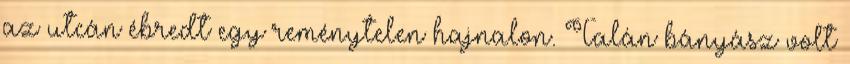
az utcán ébredt egy reménytelen hajnalon. Talán bányász volt